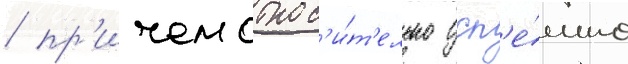
/ пр'ичем относ'и́т'ельно усп'е́шно